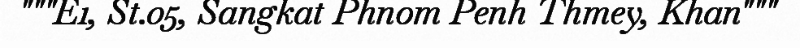
"""E1, St.05, Sangkat Phnom Penh Thmey, Khan"""